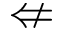
\nLeftarrow